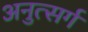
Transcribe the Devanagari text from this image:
अनुत्सर्ग